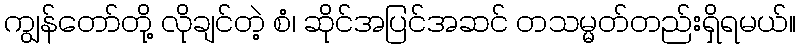
ကျွန်တော်တို့ လိုချင်တဲ့ စံ၊ ဆိုင်အပြင်အဆင် တသမ္မတ်တည်းရှိရမယ်။